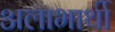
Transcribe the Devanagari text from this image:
अलाभार्थी